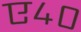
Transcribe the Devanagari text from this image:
ए४०